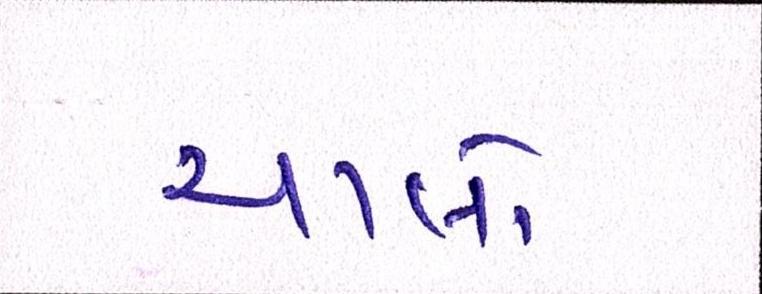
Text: ચાલો